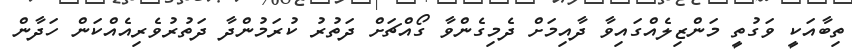
ތިބާއަކީ ވަގުތީ މަންޒިލެއްގައިވާ ދާއިމަށް ދެމިގެންވާ ގޯއްޗަށް ދަތުރު ކުރަމުންދާ ދަތުރުވެރިއެއްކަން ހަދާން